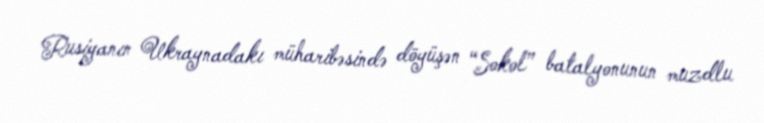
Rusiyanın Ukraynadakı müharibəsində döyüşən “Sokol” batalyonunun muzdlu